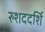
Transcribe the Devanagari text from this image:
रुशददर्शि